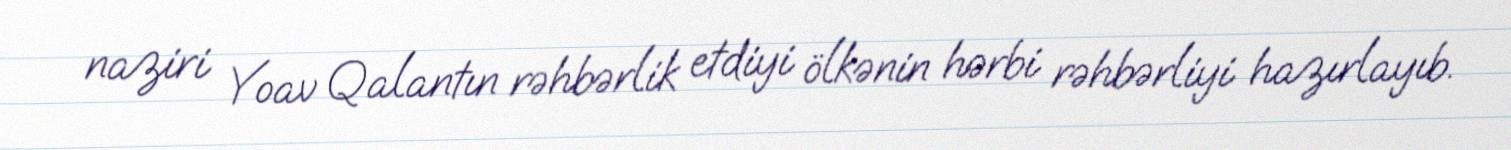
naziri Yoav Qalantın rəhbərlik etdiyi ölkənin hərbi rəhbərliyi hazırlayıb.